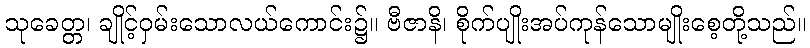
သုခေတ္တ၊ ချိုင့်ဝှမ်းသောလယ်ကောင်း၌။ ဗီဇာနိ၊ စိုက်ပျိုးအပ်ကုန်သောမျိုးစေ့တို့သည်။